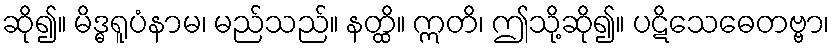
ဆို၍။ မိဒ္ဓရူပံနာမ၊ မည်သည်။ နတ္ထိ။ ဣတိ၊ ဤသို့ဆို၍။ ပဋိသေဓေတဗ္ဗာ၊